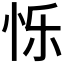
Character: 𮲃